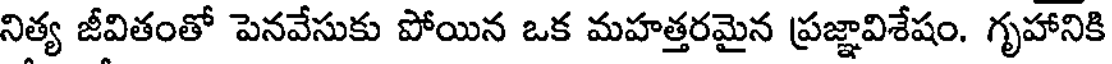
నిత్య జీవితంతో పెనవేసుకు పోయిన ఒక మహత్తరమైన ప్రజ్ఞావిశేషం. గృహానికి